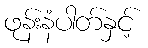
ဖုန်းနံပါတ်နှင့်